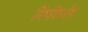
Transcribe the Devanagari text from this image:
यिंगकियाँग